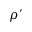
\rho ^ { \prime }